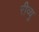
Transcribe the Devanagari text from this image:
रीव्यु